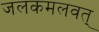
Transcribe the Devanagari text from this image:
जलकमलवत्